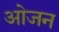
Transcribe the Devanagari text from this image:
ओजन